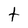
Character: t